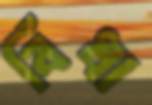
বিঁধা